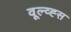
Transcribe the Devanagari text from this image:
वूल्व्ह्स